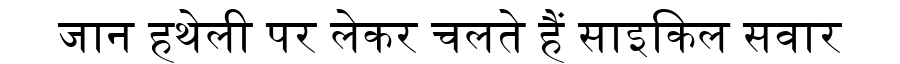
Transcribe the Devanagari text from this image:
जान हथेली पर लेकर चलते हैं साइकिल सवार